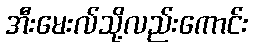
အီးမေးလ်သို့လည်းကောင်း